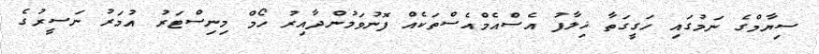
ސިޔާމްގެ ނަމުގައި ހަގީގަތާ ޚިލާފު އެސްއެމްއެސްތަކެއް ފޮނުވަމުންދާއިރު ހޯމް މިނިސްޓަރު އުމަރު ނަސީރުގެ